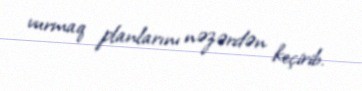
vurmaq planlarını nəzərdən keçirib.